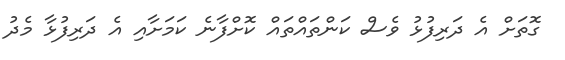
ގޮތަށް އެ ދަރިފުޅު ވެސް ކަންތައްތައް ކޮށްފާނެ ކަމަށާއި އެ ދަރިފުޅާ މެދު